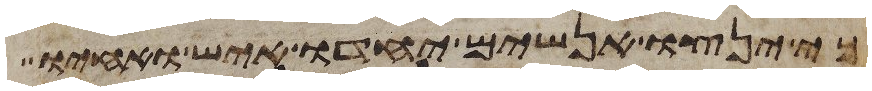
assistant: כי ינצו אנשים יחדו איש ואחיו